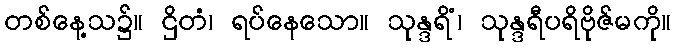
တစ်နေ့သ၌။ ဌိတံ၊ ရပ်နေသော။ သုန္ဒရိံ၊ သုန္ဒရီပရိဗိုဇ်မကို။